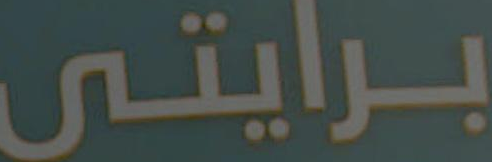
برايتى